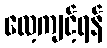
လေ့ကျင့်ရန်